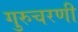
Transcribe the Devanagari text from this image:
गुरुचरणी